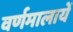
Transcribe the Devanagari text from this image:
वर्णमालायें